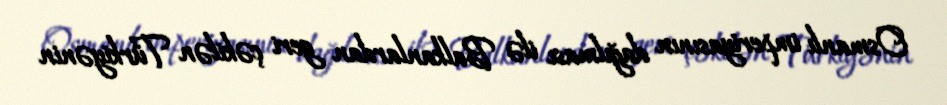
Osmanlı imperiyasının dağılması ilə Balkanlardan geri çəkilən Türkiyənin